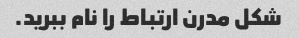
شکل مدرن ارتباط را نام ببرید.